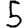
Digit: 5